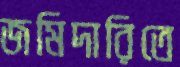
জমিদারিতে